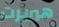
هيربرت